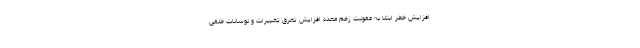
افزایش خطر ابتلا به عفونت زخم معده افزایش تعرق تغییرات و نوسانات خلقی